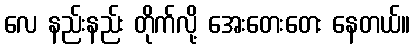
လေ နည်းနည်း တိုက်လို့ အေးတေးတေး နေတယ်။